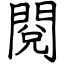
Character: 閱